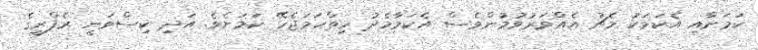
ކަމަށާއި އެކަމަކު މެޗު އެއްވަރުވުމުންވެސް އެކަމާމެދު ހިތްހަމަޖެހޭ ކަމަށެވެ. އަދި ކިސްވަނީ ރެފްރީގެ